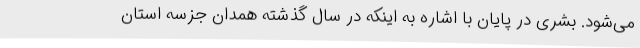
می‌شود. بشری در پایان با اشاره به اینکه در سال گذشته همدان جزسه استان